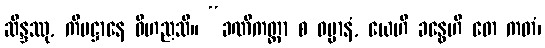
ဆိန္ဒဿု, ကိမဋ္ဌာနေ ဝိဟညသိ။ “ခဏိကတ္တာ စ ဓမ္မာနံ, ယေဟိ ခန္ဓေဟိ တေ ကတံ၊